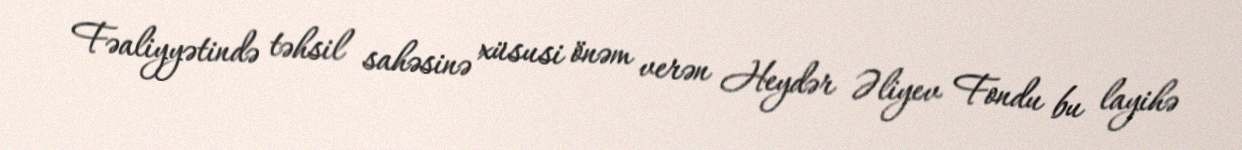
Fəaliyyətində təhsil sahəsinə xüsusi önəm verən Heydər Əliyev Fondu bu layihə